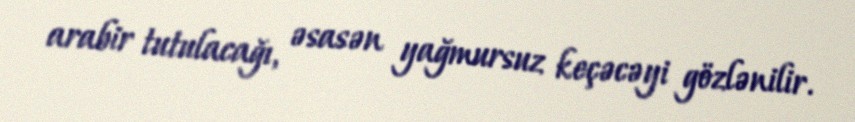
arabir tutulacağı, əsasən yağmursuz keçəcəyi gözlənilir.